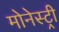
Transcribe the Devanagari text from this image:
मोनेस्‍ट्री